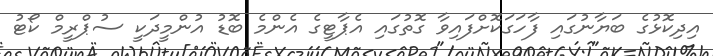
އިދިކޮޅުގެ ބަޔާނުގައި ފާހަގަކޮށްފައިވާ ގޮތުގައި އެޕާޓީގެ އެންމެ ބޮޑު އުންމީދަކީ ސުޕްރީމް ކޯޓު